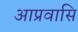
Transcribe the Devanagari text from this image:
आप्रवासि